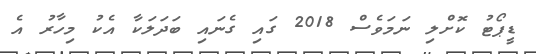
ޑީޕޯޓު ކޮށްލި ނަމަވެސް 2018 ގައި ގެނައި ބަދަލަކާ އެކު މިހާރު އެ